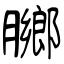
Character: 膷